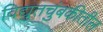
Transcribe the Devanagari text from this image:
विद्युतचुंबकीतील